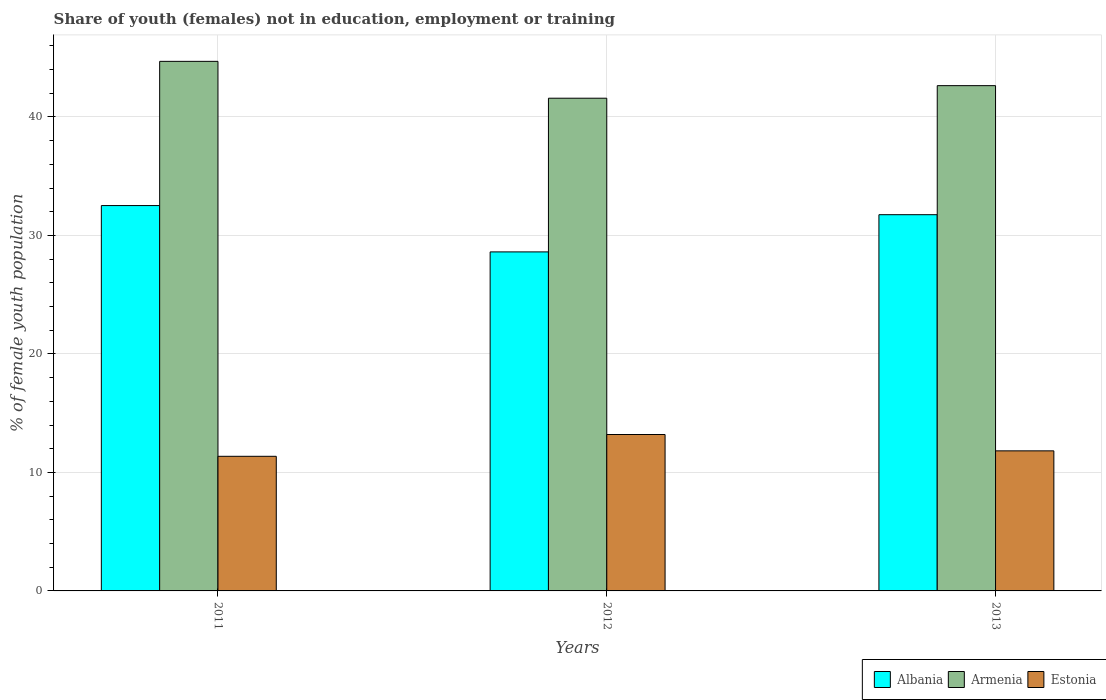
| Years | Albania | Armenia | Estonia |
 | --- | --- | --- | --- |
 | 2011 | 32.5 | 44.7 | 11.4 |
 | 2012 | 28.6 | 41.6 | 13.2 |
 | 2013 | 31.8 | 42.6 | 11.8 |